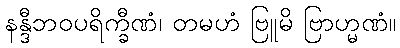
နန္ဒီဘဝပရိက္ခီဏံ၊ တမဟံ ဗြူမိ ဗြာဟ္မဏံ။